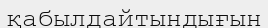
қабылдайтындығын